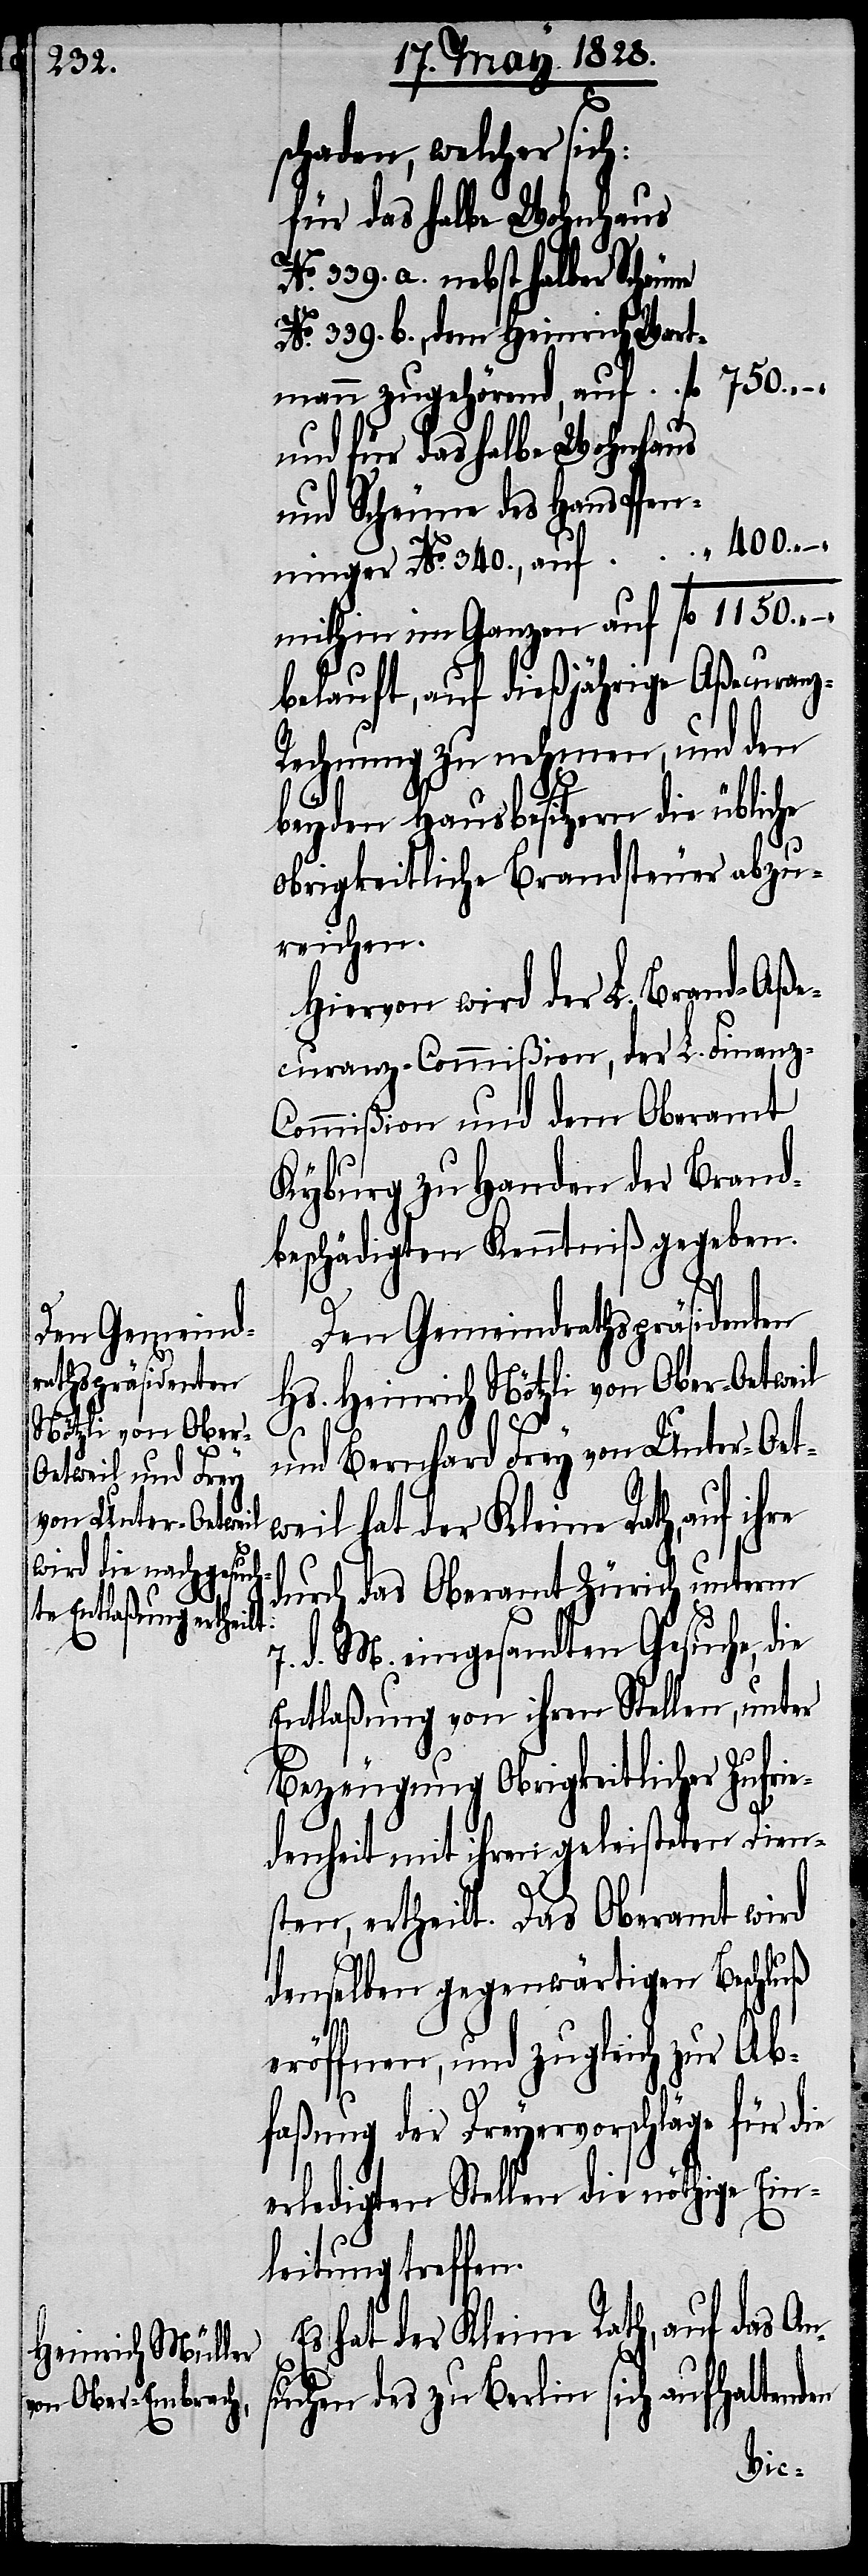
schaden, welcher sich:
für das halbe Wohnhaus
339. a. nebst halber Scheu¬
No. 339. b., dem Heinrich Wart¬
we¬
mann zugehörend, auf
und für das halbe Wohnhaus
und Scheune des Hans Pfenn¬
mithin im Ganzen auf
belauft, auf dießjährige Aßecuranz-R¬
echnung zu nehmen, und den
beyden Hausbesitzern die übliche
obrigkeitliche Brandsteuer abzu¬
reichen.
Hiervon wird der L. Brand-Aße¬
curanz-Commißion, der L. Finanz-C¬
ommißion und dem Oberamt
Kyburg zu Handen der Brand¬
beschädigten Kenntniß gegeben.
Den Gemeindrathspräsidenten
Hs. Heinrich Nötzli von Ober-Oetweil
und Bernhard Frey von Unter-Oet¬
durch das Oberamt Zürich unterm
d. M. eingesandten Gesuche, die
Entlaßung von ihren Stellen, unter
Bezeugung Obrigkeitlicher Zufrie¬
denheit mit ihren geleisteten Dien¬
sten, ertheilt. Das Oberamt wird
denselben gegenwärtigen Beschluß
eröffnen, und zugleich zur Ab¬
faßung der Dreyervorschläge für die
erledigten Stellen die nöthige Ein¬
leitung treffen.
Es hat der Kleine Rath, auf das An¬
aufhalten¬
den
suchen des zu Berlin
inger